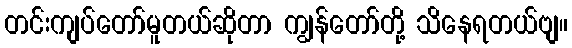
တင်းကျပ်တော်မူတယ်ဆိုတာ ကျွန်တော်တို့ သိနေရတယ်ဗျ။